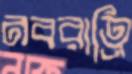
নবরাত্রি